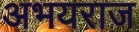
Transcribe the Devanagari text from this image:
अभयराज